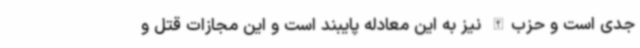
جدی است و حزب‌الله نیز به این معادله پایبند است و این مجازات قتل و